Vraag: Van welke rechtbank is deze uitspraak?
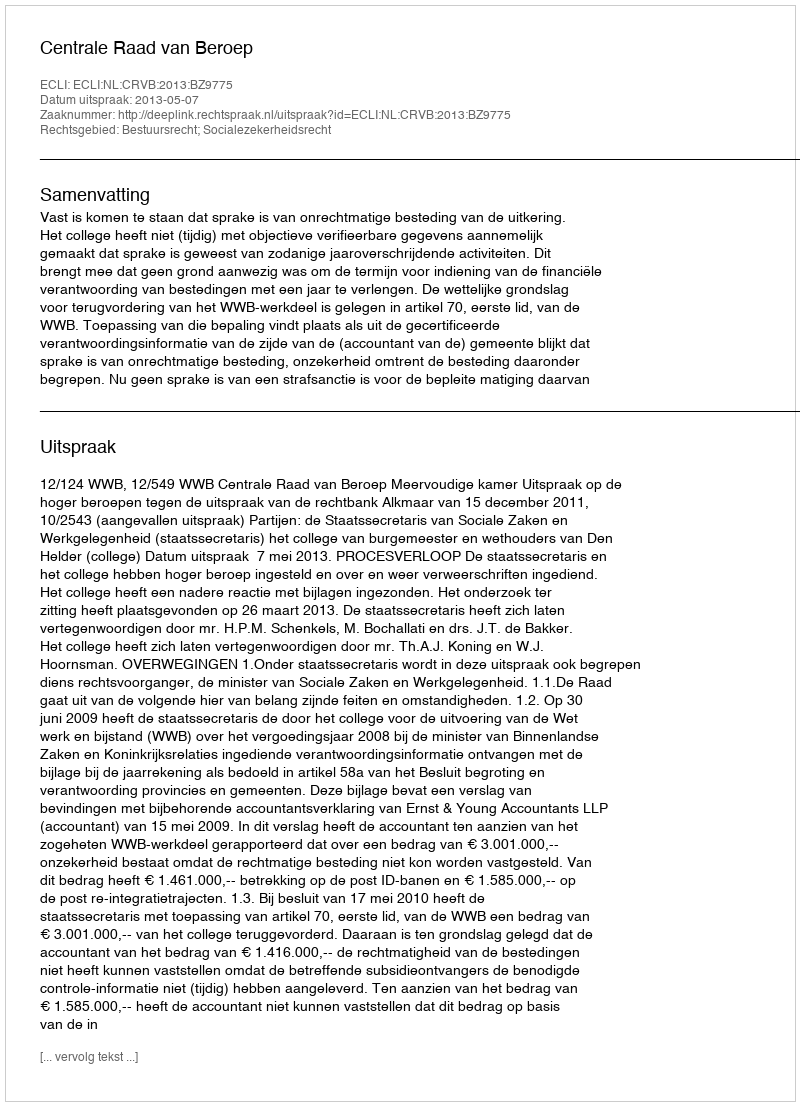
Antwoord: Centrale Raad van Beroep